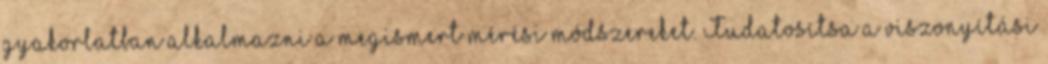
gyakorlatban alkalmazni a megismert mérési módszereket. Tudatosítsa a viszonyítási